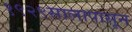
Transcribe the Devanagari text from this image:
१९२९सालापासून